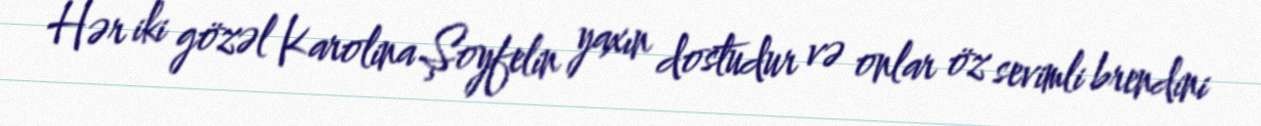
Hər iki gözəl Karolina Şoyfelin yaxın dostudur və onlar öz sevimli brendini